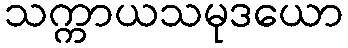
သက္ကာယသမုဒယော